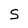
Character: S